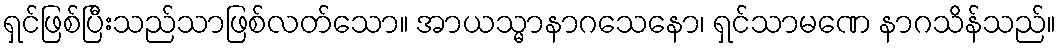
ရှင်ဖြစ်ပြီးသည်သာဖြစ်လတ်သော။ အာယသ္မာနာဂသေနော၊ ရှင်သာမဏေ နာဂသိန်သည်။